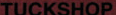
TUCKSHOP